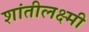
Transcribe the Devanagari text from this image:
शांतीलक्ष्मी